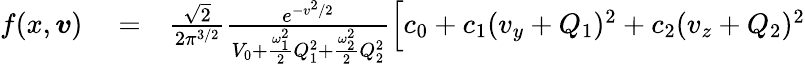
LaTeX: \begin{array}{rlr}{f(x,\boldsymbol{v})}&{{}=}&{\frac{\sqrt{2}}{2\pi^{3/2}}\frac{e^{-v^{2}/2}}{V_{0}+\frac{\omega_{1}^{2}}{2}Q_{1}^{2}+\frac{\omega_{2}^{2}}{2}Q_{2}^{2}}\Big[c_{0}+c_{1}(v_{y}+Q_{1})^{2}+c_{2}(v_{z}+Q_{2})^{2}}\end{array}